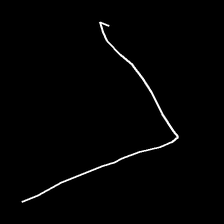
Glyph: region